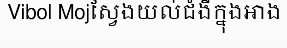
Vibol Mojស្វែងយល់ជំងឺក្នុងអាង